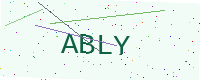
Text: ABLY